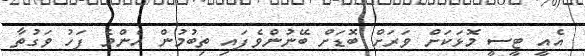
އެއީ ޓީސީ މޮޅަކަށް ވަރަށް ބޮޑަށް ބޭނުންވެފައި ތިބުމުން އެންމެ ފަހު ވަގުތާ